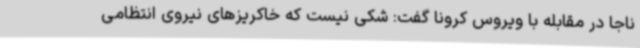
ناجا در مقابله با ویروس کرونا گفت: شکی نیست که خاکریزهای نیروی انتظامی